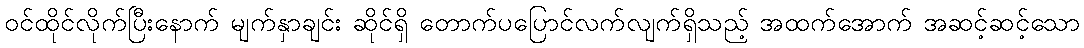
ဝင်ထိုင်လိုက်ပြီးနောက် မျက်နှာချင်း ဆိုင်ရှိ တောက်ပပြောင်လက်လျက်ရှိသည့် အထက်အောက် အဆင့်ဆင့်သော